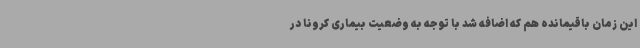
این زمان باقیمانده هم که اضافه شد با توجه به وضعیت بیماری کرونا در